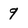
Character: 9